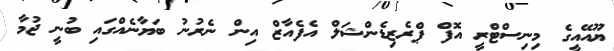
ޔޫއޭއީގެ މިނިސްޓްރީ އޮފް ޕްރެޒިޑެންޝަލް އެފެއާޒް އިން ނެރުނު ބަޔާނެއްގައި ބުނީ ޖުމާ